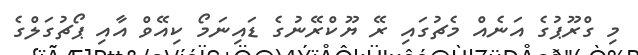
މި ގްރޫޕުގެ އަނެއް މެޗުގައި ރޭ ޔޫކްރޭނުގެ ޑައިނަމޯ ކިއޭވް އާއި ޕޯޗުގަލްގެ